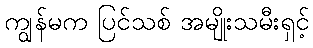
ကျွန်မက ပြင်သစ် အမျိုးသမီးရှင့်